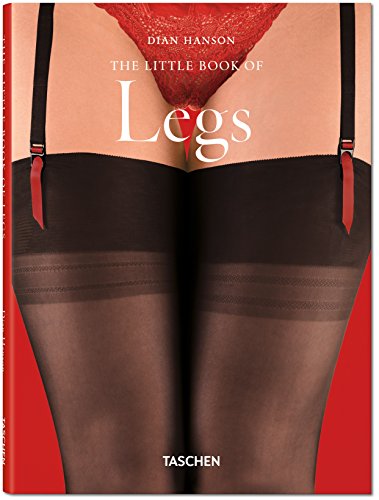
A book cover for The Little Book of Legs; Arts & Photography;